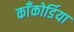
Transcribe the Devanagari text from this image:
काँकोर्डिया